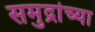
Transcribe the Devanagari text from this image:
समुद्रांच्या